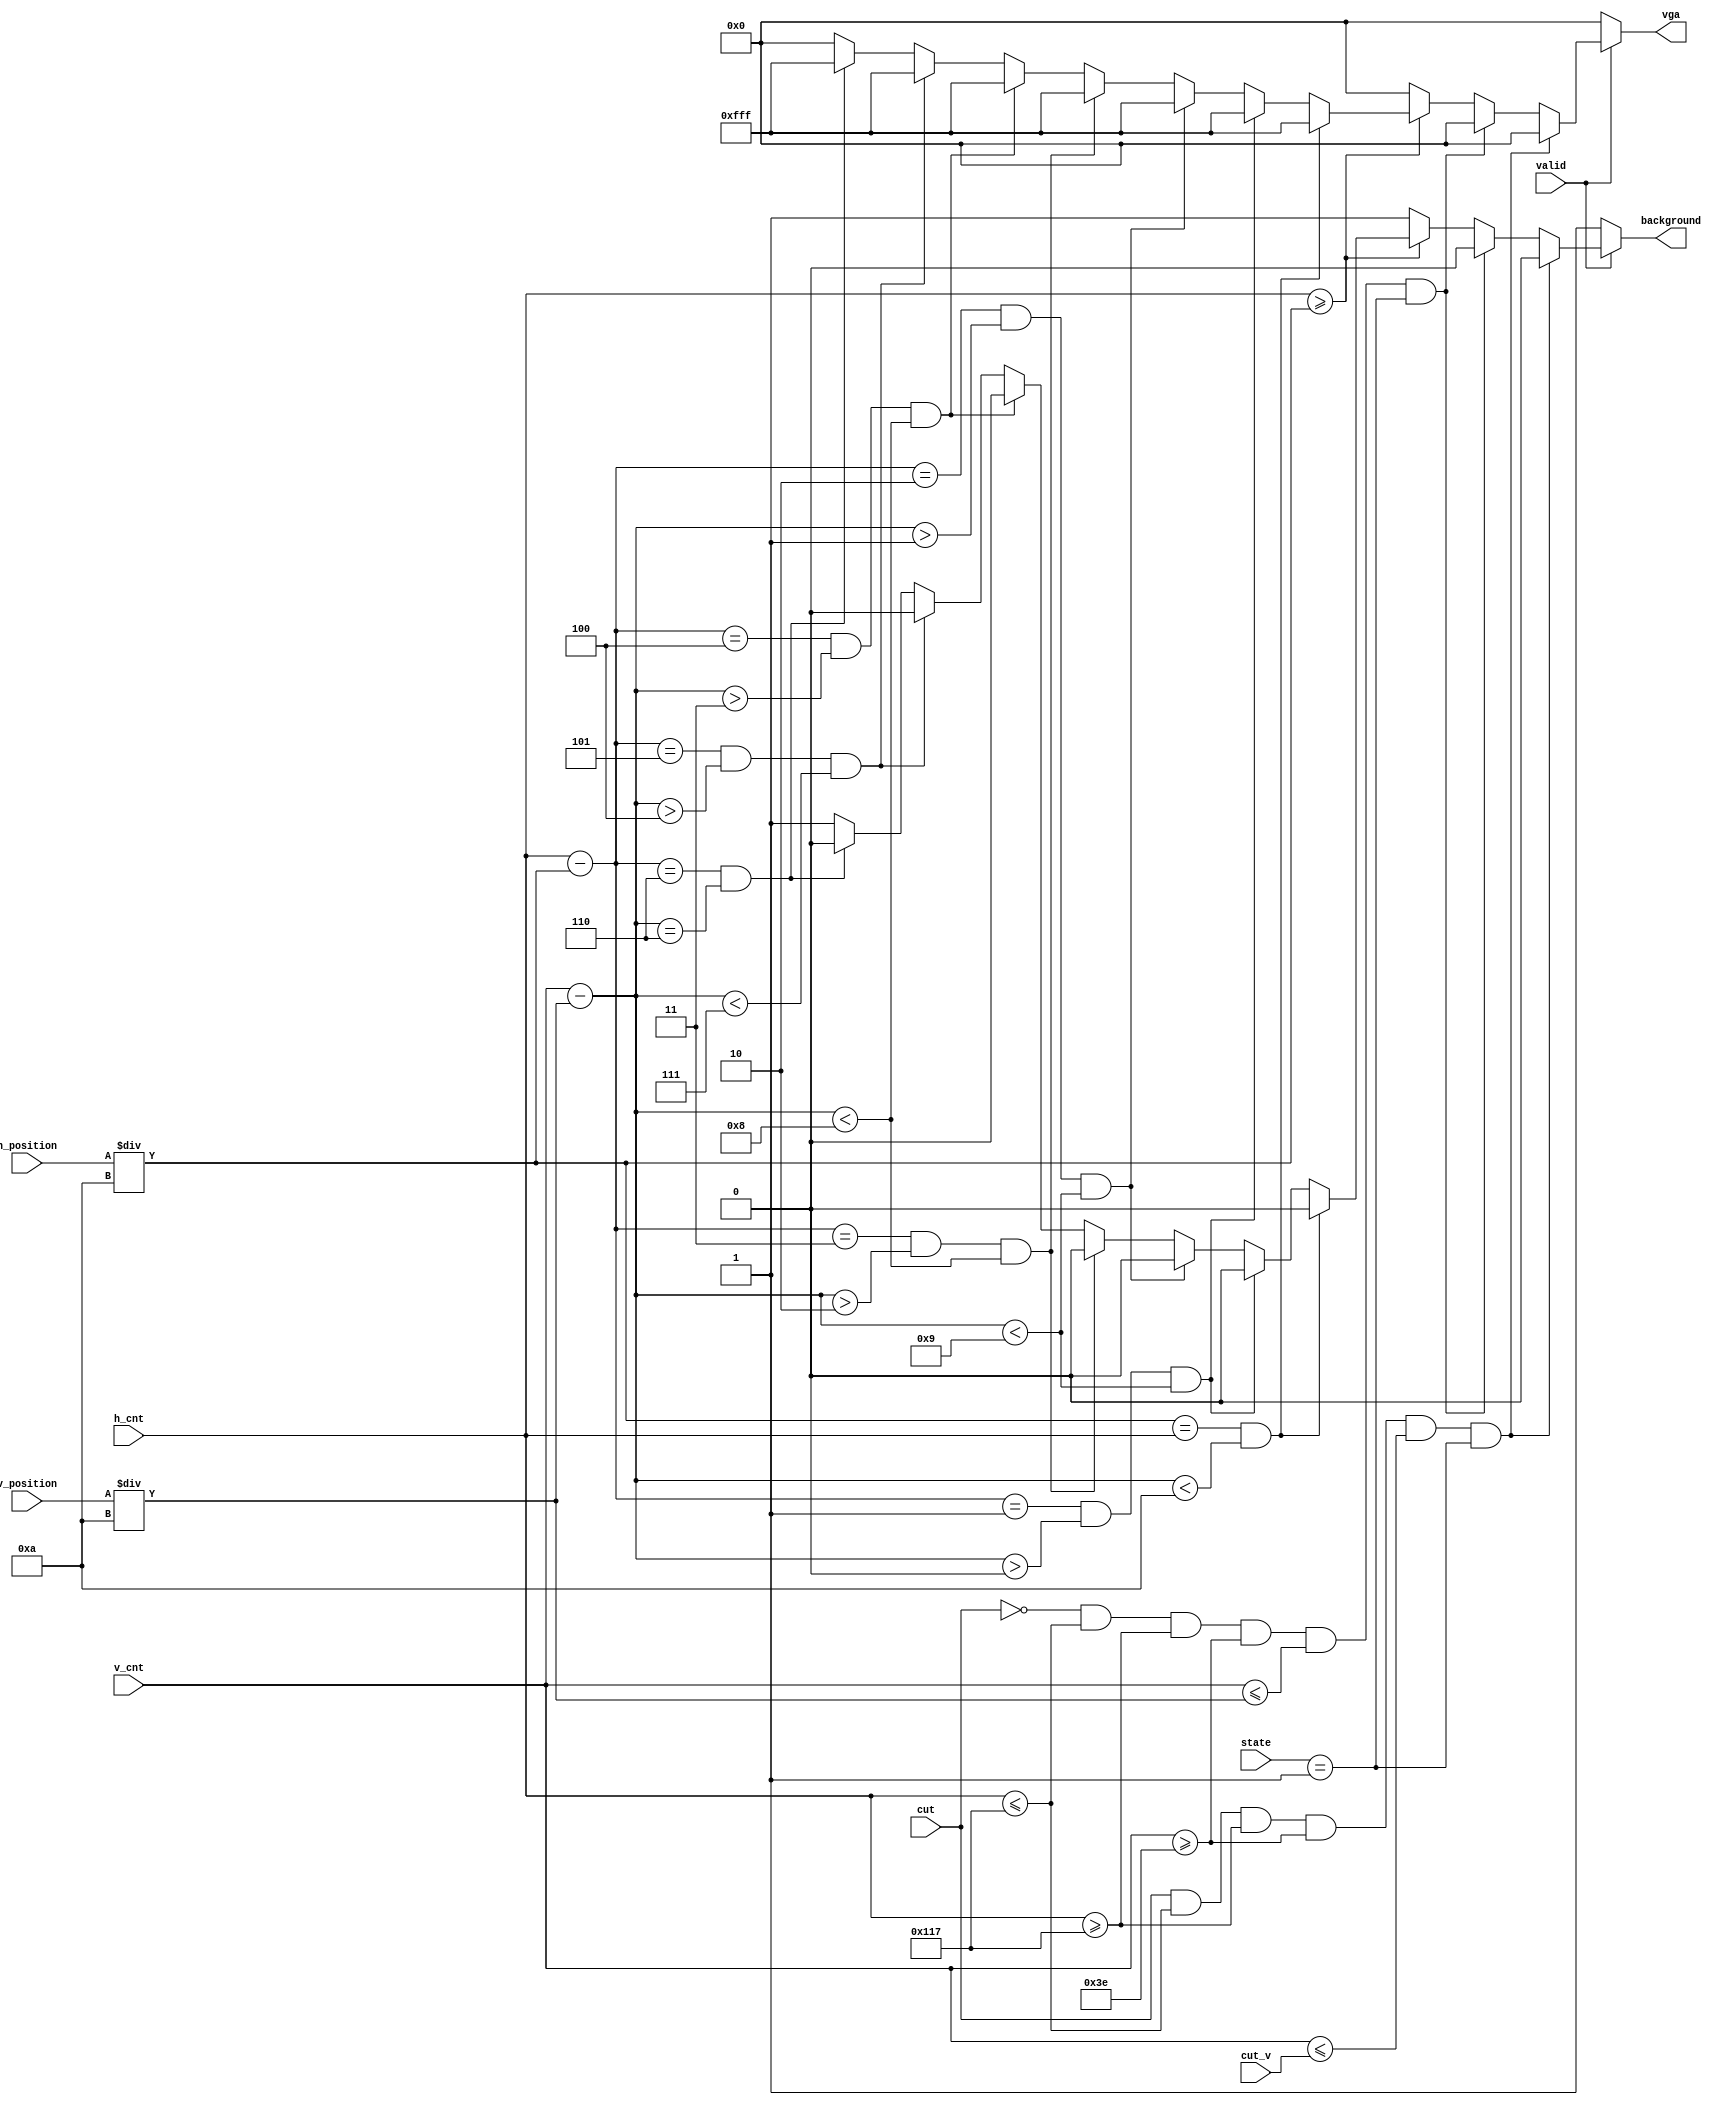
module color (
    input [13:0] h_position,
    input [13:0] v_position,
    input valid,
    input [9:0] h_cnt,
    input [9:0] v_cnt,
    input cut,
    input [9:0] cut_v,
    input [1:0] state,
    output reg background,
    output reg [11:0] vga
);
    always @(*) begin
        if(valid == 1) begin
            if(cut == 1'b1 && h_cnt <=279 && h_cnt >=279 && v_cnt >= 62 && v_cnt <= cut_v && state == 1) begin
                vga = 12'h000;
                background = 0;
            end
            else if(cut == 1'b0 && h_cnt <=279 && h_cnt >=279 && v_cnt >= 62 && v_cnt <= (v_position / 10) && state == 1) begin
                vga = 12'h000;
                background = 0;
            end
            else if(h_cnt >= (h_position / 10)) begin
                if((h_position / 10) == h_cnt && v_cnt - (v_position / 10) < 10) begin
                    vga = 12'hfff;
                    background = 0;
                end
                else if(( h_cnt - (h_position / 10) ) == 1 && v_cnt - (v_position / 10) > 0 && v_cnt - (v_position / 10) < 9) begin
                    vga = 12'hfff;
                    background = 0;
                end
                else if(( h_cnt - (h_position / 10) ) == 2 && v_cnt - (v_position / 10) > 1 && v_cnt - (v_position / 10) < 9) begin
                    vga = 12'hfff;
                    background = 0;
                end
                else if(( h_cnt - (h_position / 10) ) == 3 && v_cnt - (v_position / 10) > 2 && v_cnt - (v_position / 10) < 8) begin
                    vga = 12'hfff;
                    background = 0;
                end
                else if(( h_cnt - (h_position / 10) ) == 4 && v_cnt - (v_position / 10) > 3 && v_cnt - (v_position / 10) < 8) begin
                    vga = 12'hfff;
                    background = 0;
                end
                else if(( h_cnt - (h_position / 10) ) == 5 && v_cnt - (v_position / 10) > 4 && v_cnt - (v_position / 10) < 7) begin
                    vga = 12'hfff;
                    background = 0;
                end
                else if(( h_cnt - (h_position / 10) ) == 6 && v_cnt - (v_position / 10) == 6) begin
                    vga = 12'hfff;
                    background = 0;
                end
                else begin
                    vga = 12'h000;
                    background = 1;
                end
            end
            else begin
                vga = 12'h000;
                background = 1;
            end
        end
        else begin
            vga = 12'h000;
            background = 1;
        end
    end

endmodule